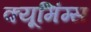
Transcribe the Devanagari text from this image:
क्यूमिंग्स